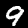
Digit: 9